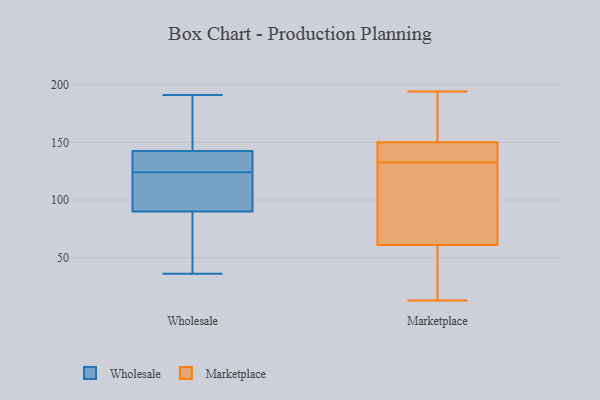
{"axis": {"x": "Customer Acquisition Cost (USD)", "y": "Value"}, "legend": ["Marketplace", "Wholesale"], "data": [{"x": "", "y": 191, "type": "Wholesale"}, {"x": "", "y": 36, "type": "Wholesale"}, {"x": "", "y": 72, "type": "Wholesale"}, {"x": "", "y": 124, "type": "Wholesale"}, {"x": "", "y": 125, "type": "Wholesale"}, {"x": "", "y": 90, "type": "Wholesale"}, {"x": "", "y": 144, "type": "Wholesale"}, {"x": "", "y": 90, "type": "Wholesale"}, {"x": "", "y": 179, "type": "Wholesale"}, {"x": "", "y": 116, "type": "Wholesale"}, {"x": "", "y": 138, "type": "Wholesale"}, {"x": "", "y": 42, "type": "Marketplace"}, {"x": "", "y": 130, "type": "Marketplace"}, {"x": "", "y": 126, "type": "Marketplace"}, {"x": "", "y": 135, "type": "Marketplace"}, {"x": "", "y": 145, "type": "Marketplace"}, {"x": "", "y": 13, "type": "Marketplace"}, {"x": "", "y": 51, "type": "Marketplace"}, {"x": "", "y": 194, "type": "Marketplace"}, {"x": "", "y": 145, "type": "Marketplace"}, {"x": "", "y": 150, "type": "Marketplace"}, {"x": "", "y": 87, "type": "Marketplace"}, {"x": "", "y": 71, "type": "Marketplace"}, {"x": "", "y": 150, "type": "Marketplace"}, {"x": "", "y": 150, "type": "Marketplace"}, {"x": "", "y": 191, "type": "Marketplace"}, {"x": "", "y": 48, "type": "Marketplace"}]}